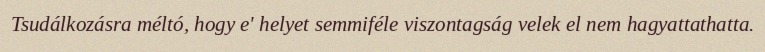
Tsudálkozásra méltó, hogy e' helyet semmiféle viszontagság velek el nem hagyattathatta.